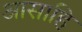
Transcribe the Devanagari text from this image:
आसाहि